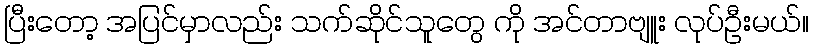
ပြီးတော့ အပြင်မှာလည်း သက်ဆိုင်သူတွေ ကို အင်တာဗျူး လုပ်ဦးမယ်။